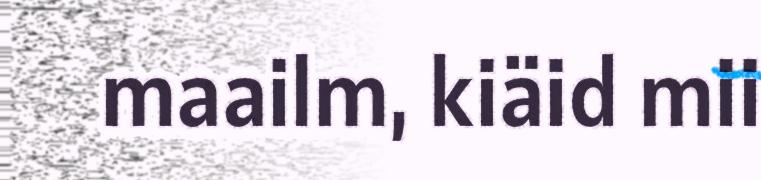
maailm, kiäid mii